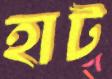
হাট